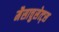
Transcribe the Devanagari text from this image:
मैसाचुसेत्ट्स